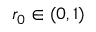
r _ { 0 } \in ( 0 , 1 )